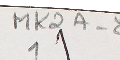
MK2A-81